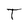
Character: T